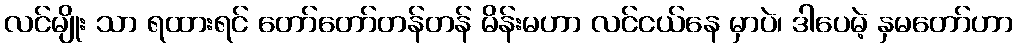
လင်မျိုး သာ ရထားရင် တော်တော်တန်တန် မိန်းမဟာ လင်ငယ်နေ မှာပဲ၊ ဒါပေမဲ့ နှမတော်ဟာ